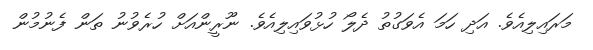
މަރައިލިއެވެ. އަދި ހަމަ އެވަގުތު ދެލޯ ހުޅުވައިލިއެވެ. ނޫރީންއަށް ހުރެވުނު ތަން ފެނުމުން